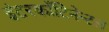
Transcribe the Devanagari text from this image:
इंटरकाँटिनेन्टल